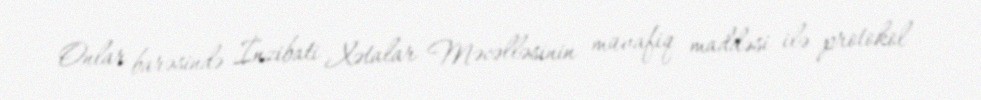
Onlar barəsində İnzibati Xətalar Məcəlləsinin müvafiq maddəsi ilə protokol